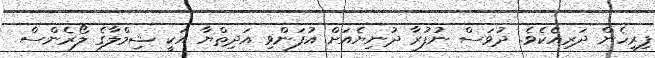
ފިރިހެން ދަރިއެކެވެ. ދުވަސް ނުފުރާ ދުނިޔެއަށް އުފަންވި އަދިތްޔާ އަކީ ޝިމްލާގެ ލޯރެންސް